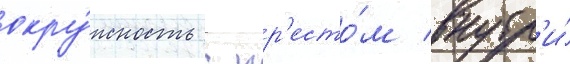
окру́жность с кр'есто́м внутр'и́